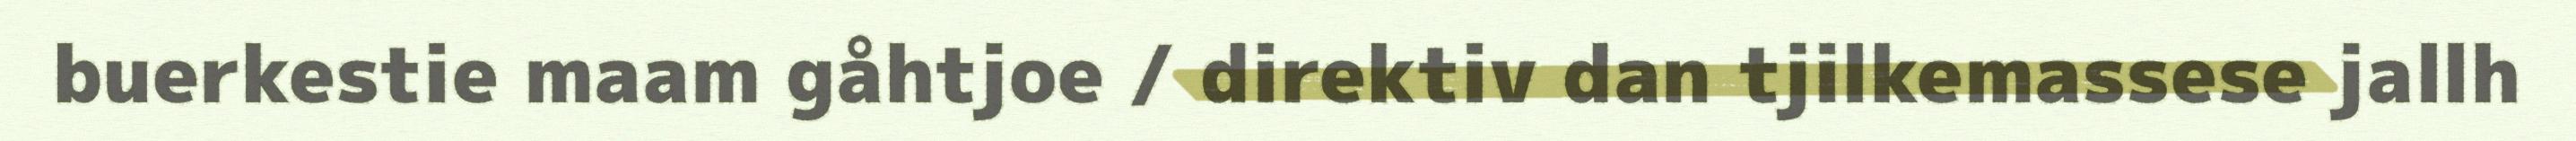
buerkestie maam gåhtjoe / direktiv dan tjilkemassese jallh